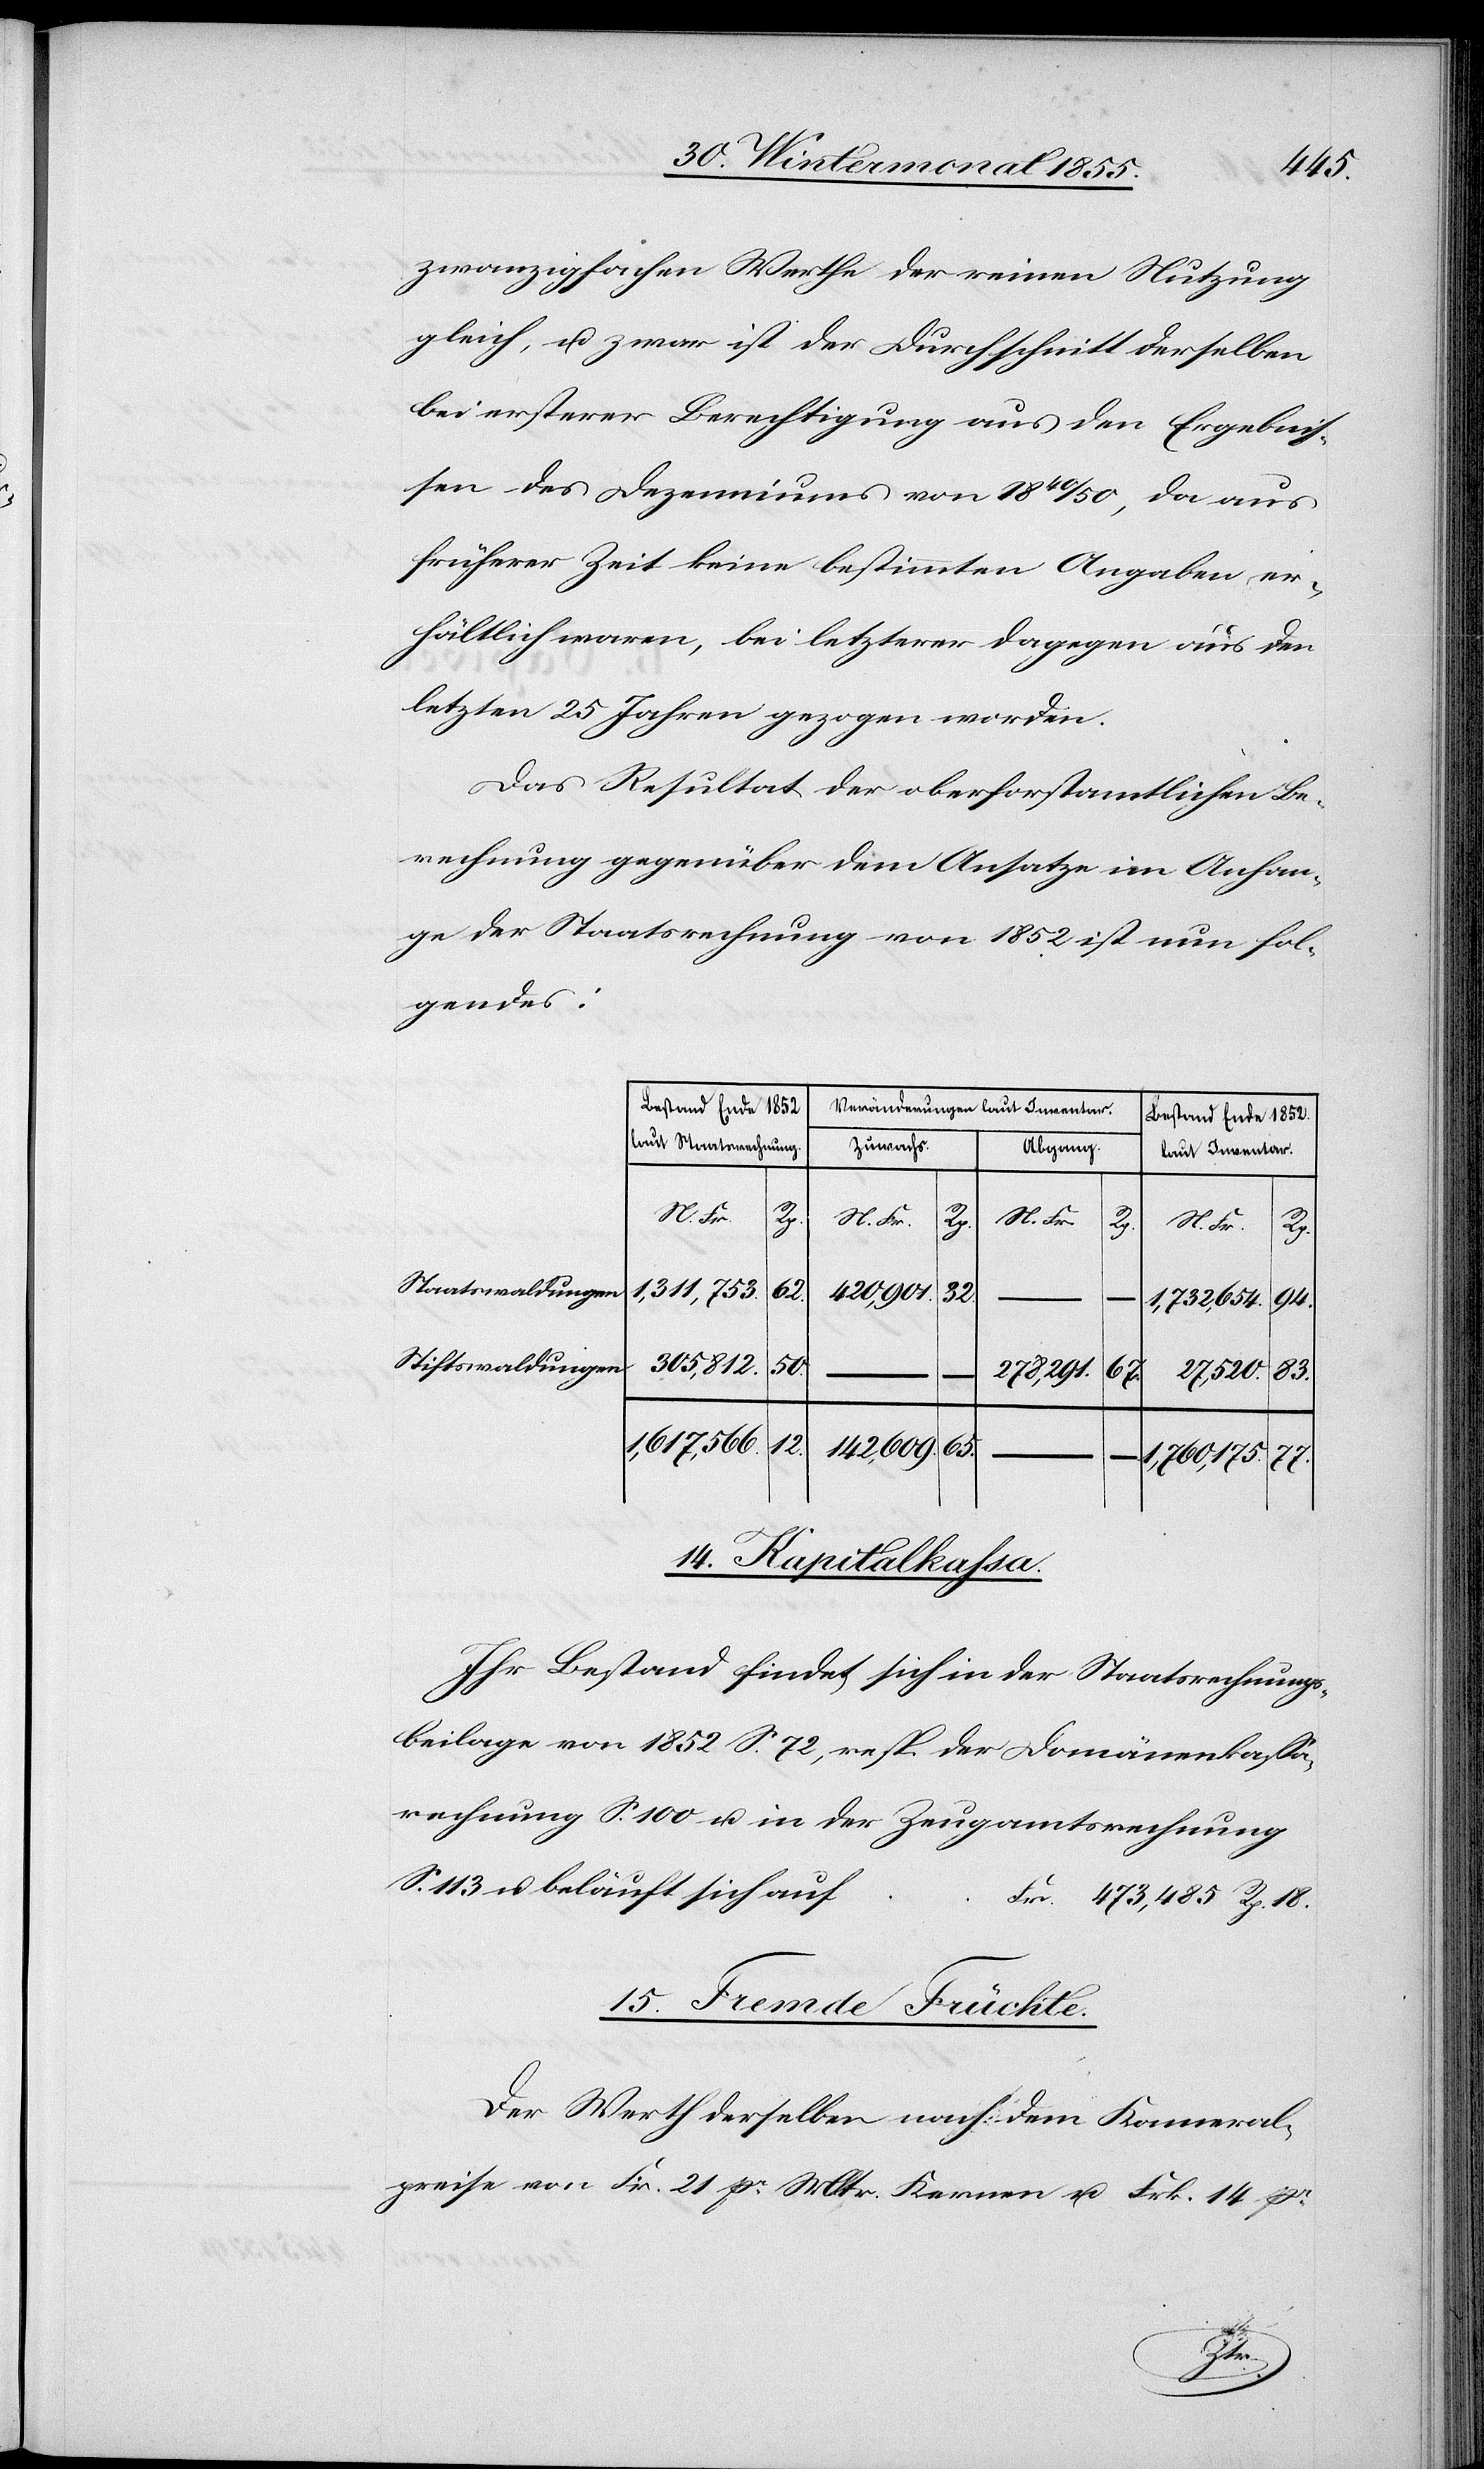
zwanzigfachen Werthe der reinen Nutzung
gleich, u. zwar ist der Durchschnitt derselben
bei ersterer Berechtigung aus den Ergebnis¬
sen des Dezenniums von 1840 / 50, da aus
früherer Zeit keine bestimmten Angaben er¬
hältlich waren, bei letzterer dagegen aus den
letzten 25 Jahren gezogen worden.
Das Resultat der oberforstamtlichen Be¬
rechnung gegenüber dem Ansatze im Anhan¬
ge der Staatsrechnung von 1852 ist nun fol¬
gendes:
Veränderungen laut Inventar.
Bestand Ende 1852.
laut Staatsrechnung.
Zuwachs.
Abgang.
laut Inventar.
N. Fr.
Rp.
Staatswaldungen
1,311,753.
62.
420,901.
32.
–
1,732,654.
Stiftswaldungen
305,812.
50.
65.
27,520.
83.
473,485.
18.
1,617,566.
12.
142,609.
1,760,175.
77.
14. Kapitalkassa.
Ihr Bestand findet sich in der Staatsrechnungs¬
beilage von 1852 S. 72, resp. der Domänenkassa¬
rechnung S. 100 u. in der Zeugamtsrechnung
S. 113 u. beläuft sich auf
15. Fremde Früchte.
Der Werth derselben nach dem Kameral¬
preise von Fr. 21 pr. Mltr. Kernen u. Frk. 14 pr.
Rp.